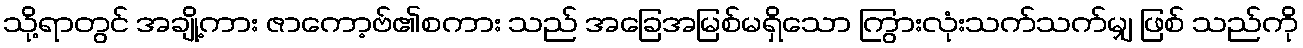
သို့ရာတွင် အချို့ကား ဇာကော့ဗ်၏စကား သည် အခြေအမြစ်မရှိသော ကြွားလုံးသက်သက်မျှ ဖြစ် သည်ကို